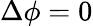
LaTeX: \Delta\phi=0